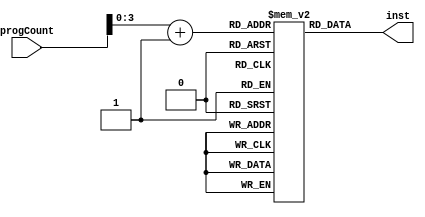
module instMem(input [31:0]progCount, output reg [31:0]inst);
	reg [31:0]instructions[15:0];

	initial begin
	instructions[0] = 32'b10010001000000011011111111100001; //addi X1, X31, 111
	instructions[1] = 32'b10010001000000000101101111100010; //addi X2, X31, 22
	instructions[2] = 32'b10010001000000001000011111100011; //addi X3, X31, 33
	instructions[3] = 32'b10010001000000010011001111100100; //addi X4, X31, 76
	instructions[4] = 32'b10001011000000110000000001000101; //add X5, X5, X3
	instructions[5] = 32'b11010001000000001101110000100110; //subi X6, X1, 55
	instructions[6] = 32'b11001011000000100000000010000111; //sub X7, X4, X2
	instructions[7] = 32'b11111000010000000000000011101000; //ldur X8, [X7, 0];
	instructions[8] = 32'b10001010000001110000000100001001; //and X9, X8, X7
	instructions[9] = 32'b10101010000111110000001111101010; //orr X10, X31, X31
	instructions[10] = 32'b11111000000000000000000000101011; //stur X11, [X1, 0]
	instructions[11] = 32'b10010001000000000001001111101100; //addi X12, X31, 4
	instructions[12] = 32'b11010001000000000000010110001100; //subi X12, X12, 1
	instructions[13] = 32'b10110101000000000000000110001100; //cbnz X12, 12
	instructions[14] = 32'b11111000000001100100001111100111; //stur X7, [X31, 100]
	instructions[15] = 32'b10010001000000010001011111111011; //addi X27, X31, 69
	end
	always @ * begin
	#1 inst = instructions[progCount + 1];
	
	end
endmodule